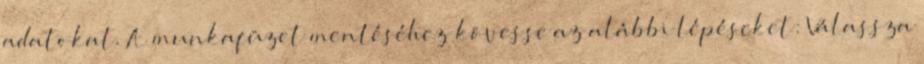
adatokat. A munkafüzet mentéséhez kövesse az alábbi lépéseket: Válassza